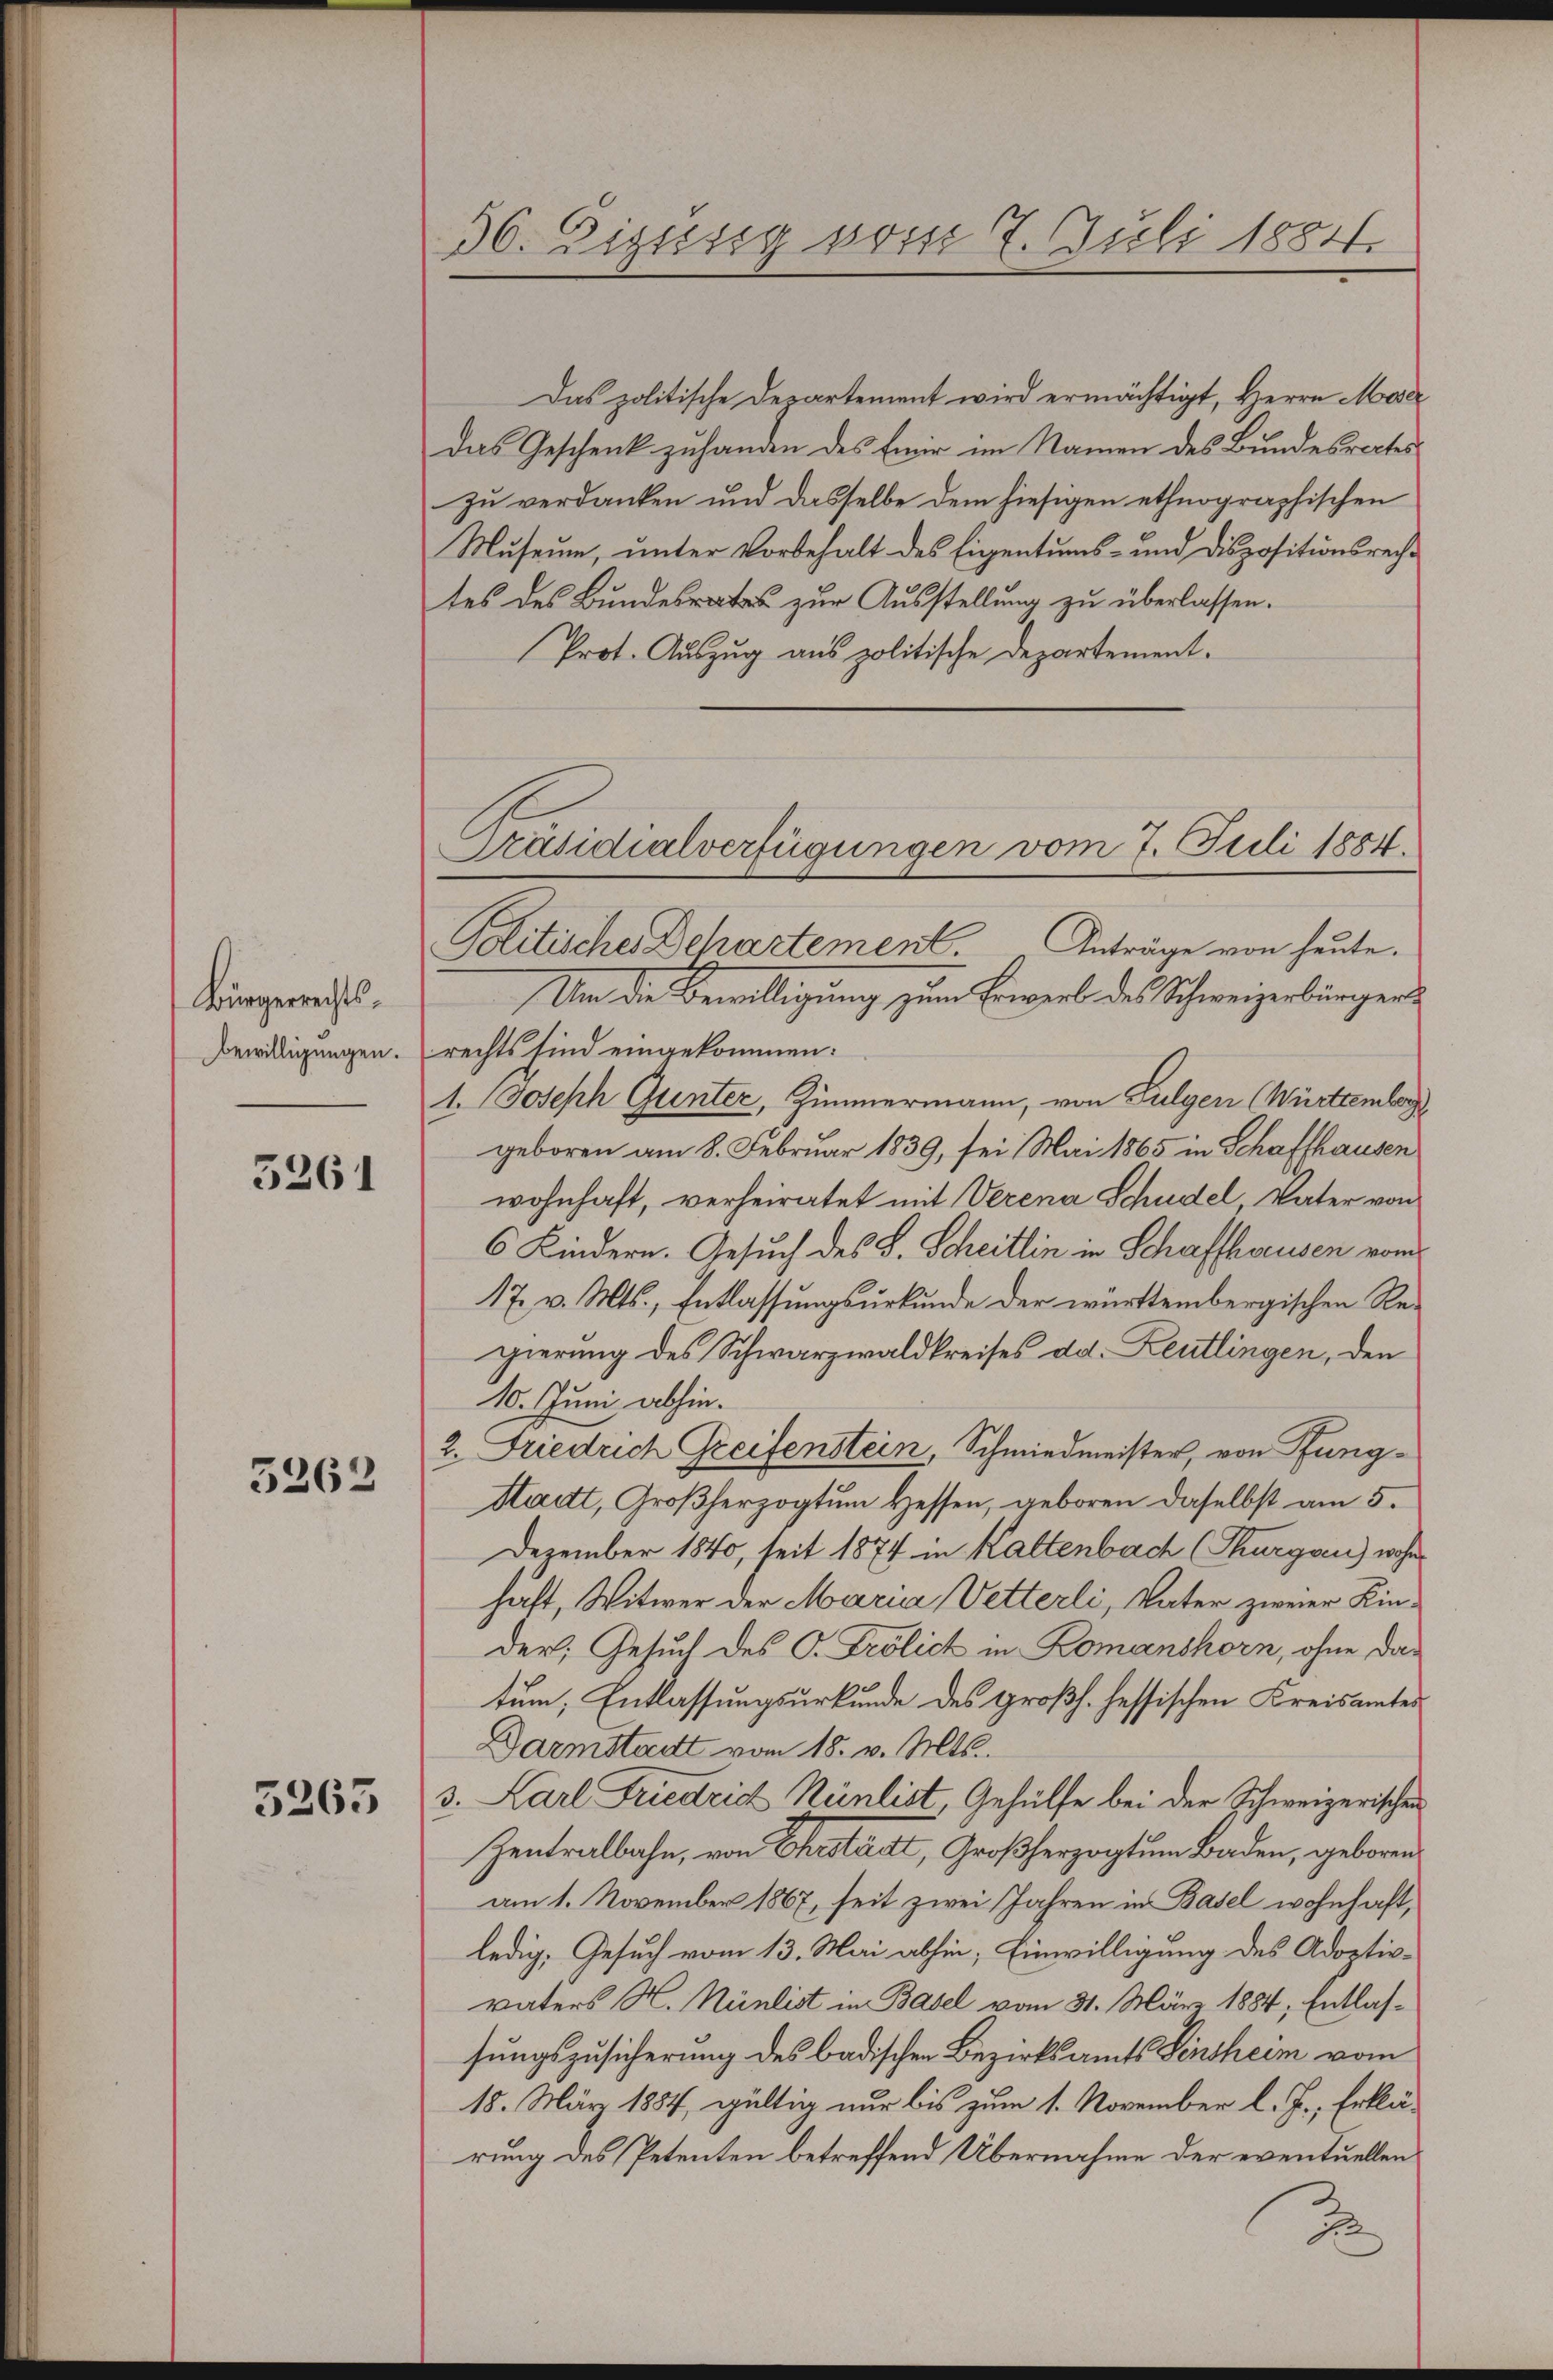
Bürgerrechts-
Bewilligungen.

5261

5262

5265

36. Digung vom 7. Juli 1884.

Das politische Departement wird ermächtigt, Herrn Moser
Das Geschenk zuhanden des Emir im Namen des Bundesrectes
zŭ verdanken und dasselbe dem hiesigen ethnographischen
Museum, unter Vorbehalt des Eigentums- und Dispositionsrechtes des Bundesrat zur Ausstellung zu überlassen.
Prot. Auszug aus politische Departement.
Um die Bewilligung zum Erweil des Schweizerbürgerrechts sind eingekommen:
1. Joseph Gunter, Zimmermann, von Sulgen (Württember
geboren am 8. Februar 1839, sei Mai 1865 in Schaffhausen
wohnhaft, verheiratet mit Verena Schudel Vater von
6 Kindern. Gesuch des S. Scheitlin in Schaffhausen vom
17. v. Mts., Entlassungsurkunde der württembergischen Regierung des Schwarzwaldkreises dd. Leutlingen, den
10. Juni abhin.
2. Friedrich Greifenstein, Schmiedmeister, von Pfung¬
Stadt, Großherzogtŭm Hessen, geboren daselbst am 5.
Dezember 1840, seit 1874 in Kaltenbach (Thurgau) woh
haft, Witwer der Maria Vetterli, Vater zweier Kinder; Gesuch des C. Frölich in Romanshorn, ohne das
tum; Entlassungsurkunde des Großh. Hessischen Kreisamtes
Darmstadt vom 18. v. Mts.
3. Karl Friedrich Künlist, Gehülfe bei der Schweizerischen
Zentralbahn, von Ehestadt, Großherzogtum Baden, geboren
am 1. November 1867, seit zwei Jahren in Basel wohnhaft,
ledig, Gesuch vom 13. Mai abhin, Einwilligung des Adoptiv-
vaters N. Nünlist in Basel vom 31. März 1884, Entlassungszusicherung des badischen Bezirksamts Sensheim vom
18. März 1884, gültig nur bis zum 1. November l. J., Erklärung des Petenten betreffend Übernahme der eventuellen
.

Präsidialverfügungen vom 7. Juli 1884.
Politische Departement Anträge von heute.